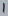
Text: 1